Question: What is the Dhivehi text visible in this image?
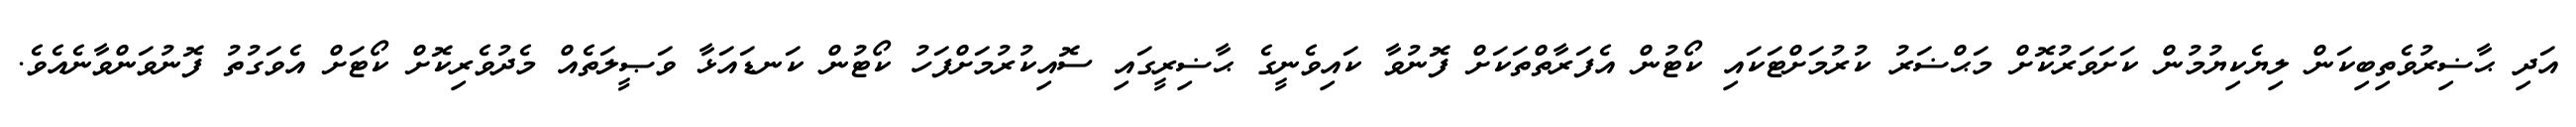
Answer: އަދި ޙާޟިރުވެތިބިކަން ލިޔެކިޔުމުން ކަށަވަރުކޮށް މަޙްޟަރު ކުރުމަށްޓަކައި ކޯޓުން އެފަރާތްތަކަށް ފޮނުވާ ކައިވެނީގެ ޙާޟިރީގައި ސޮއިކުރުމަށްފަހު ކޯޓުން ކަނޑައަޅާ ވަޞީލަތެއް މެދުވެރިކޮށް ކޯޓަށް އެވަގުތު ފޮނުވަންވާނެއެވެ.